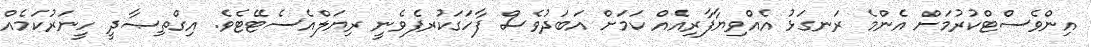
އިންވެސްޓްކުރުމަށް އެންމެ ރަނގަޅު އެއްވިޔާފާރިއެއް ކަމަށް އަބަދުވެސް ފާހަގަކުރފެވެނީ ރިޔަލްއެސެޓޭޓެވެ. އިގްތިޞާދީ ހީނަރުކަމެއް